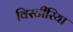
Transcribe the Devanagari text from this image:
विस्टीरिया